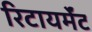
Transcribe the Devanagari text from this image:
रिटायर्मेंट